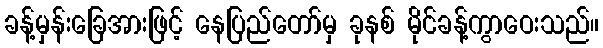
ခန့်မှန်းခြေအားဖြင့် နေပြည်တော်မှ ခုနစ် မိုင်ခန့်ကွာဝေးသည်။